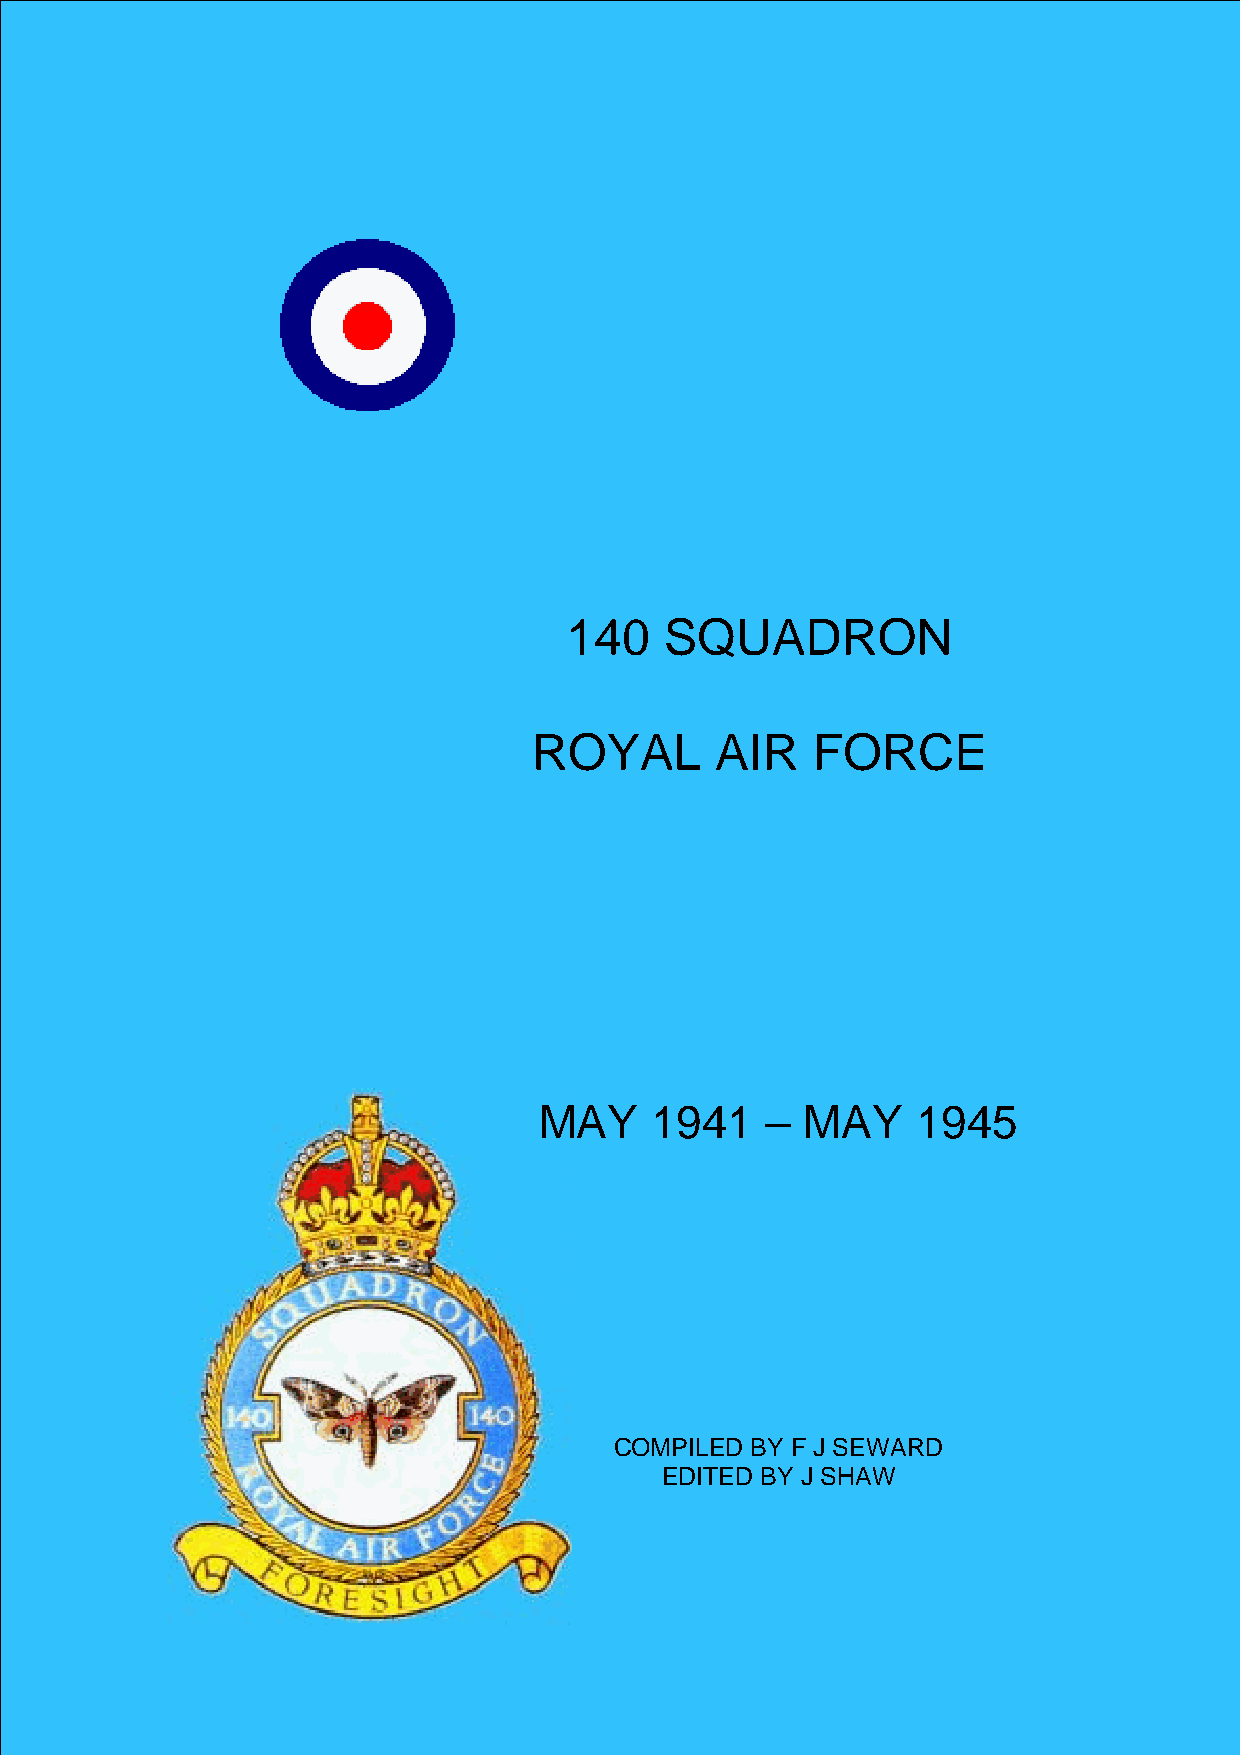
140    SQUADRON
 ROYAL       AIR    FORCE
 MAY    1941    – MAY     1945
 COMPILED BY F J SEWARD
 EDITED BY J SHAW
 (1)